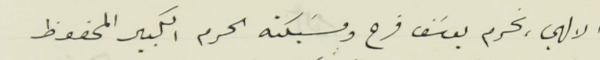
الالهي، نحرم يوسَف فرح ومسَيكته الحرم الكبير المحفوظ